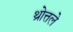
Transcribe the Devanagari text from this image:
थ्रोत्तले